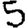
Digit: 5